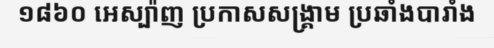
១៨៦០ អេស្ប៉ាញ ប្រកាសសង្គ្រាម ប្រឆាំងបារាំង